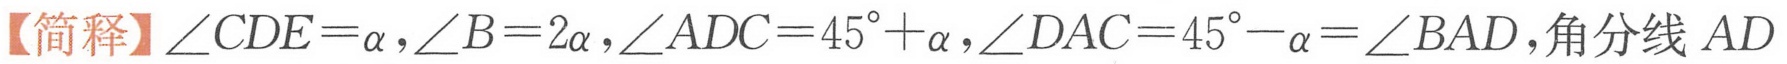
【简释】\(\angle CDE = \alpha,\angle B = 2\alpha,\angle ADC = 45^{\circ}+\alpha,\angle DAC = 45^{\circ}-\alpha=\angle BAD\),角分线 \(AD\)